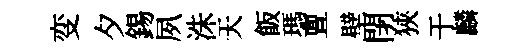
变夕錫夙洙天飯瑪亶壁閉狹于麟